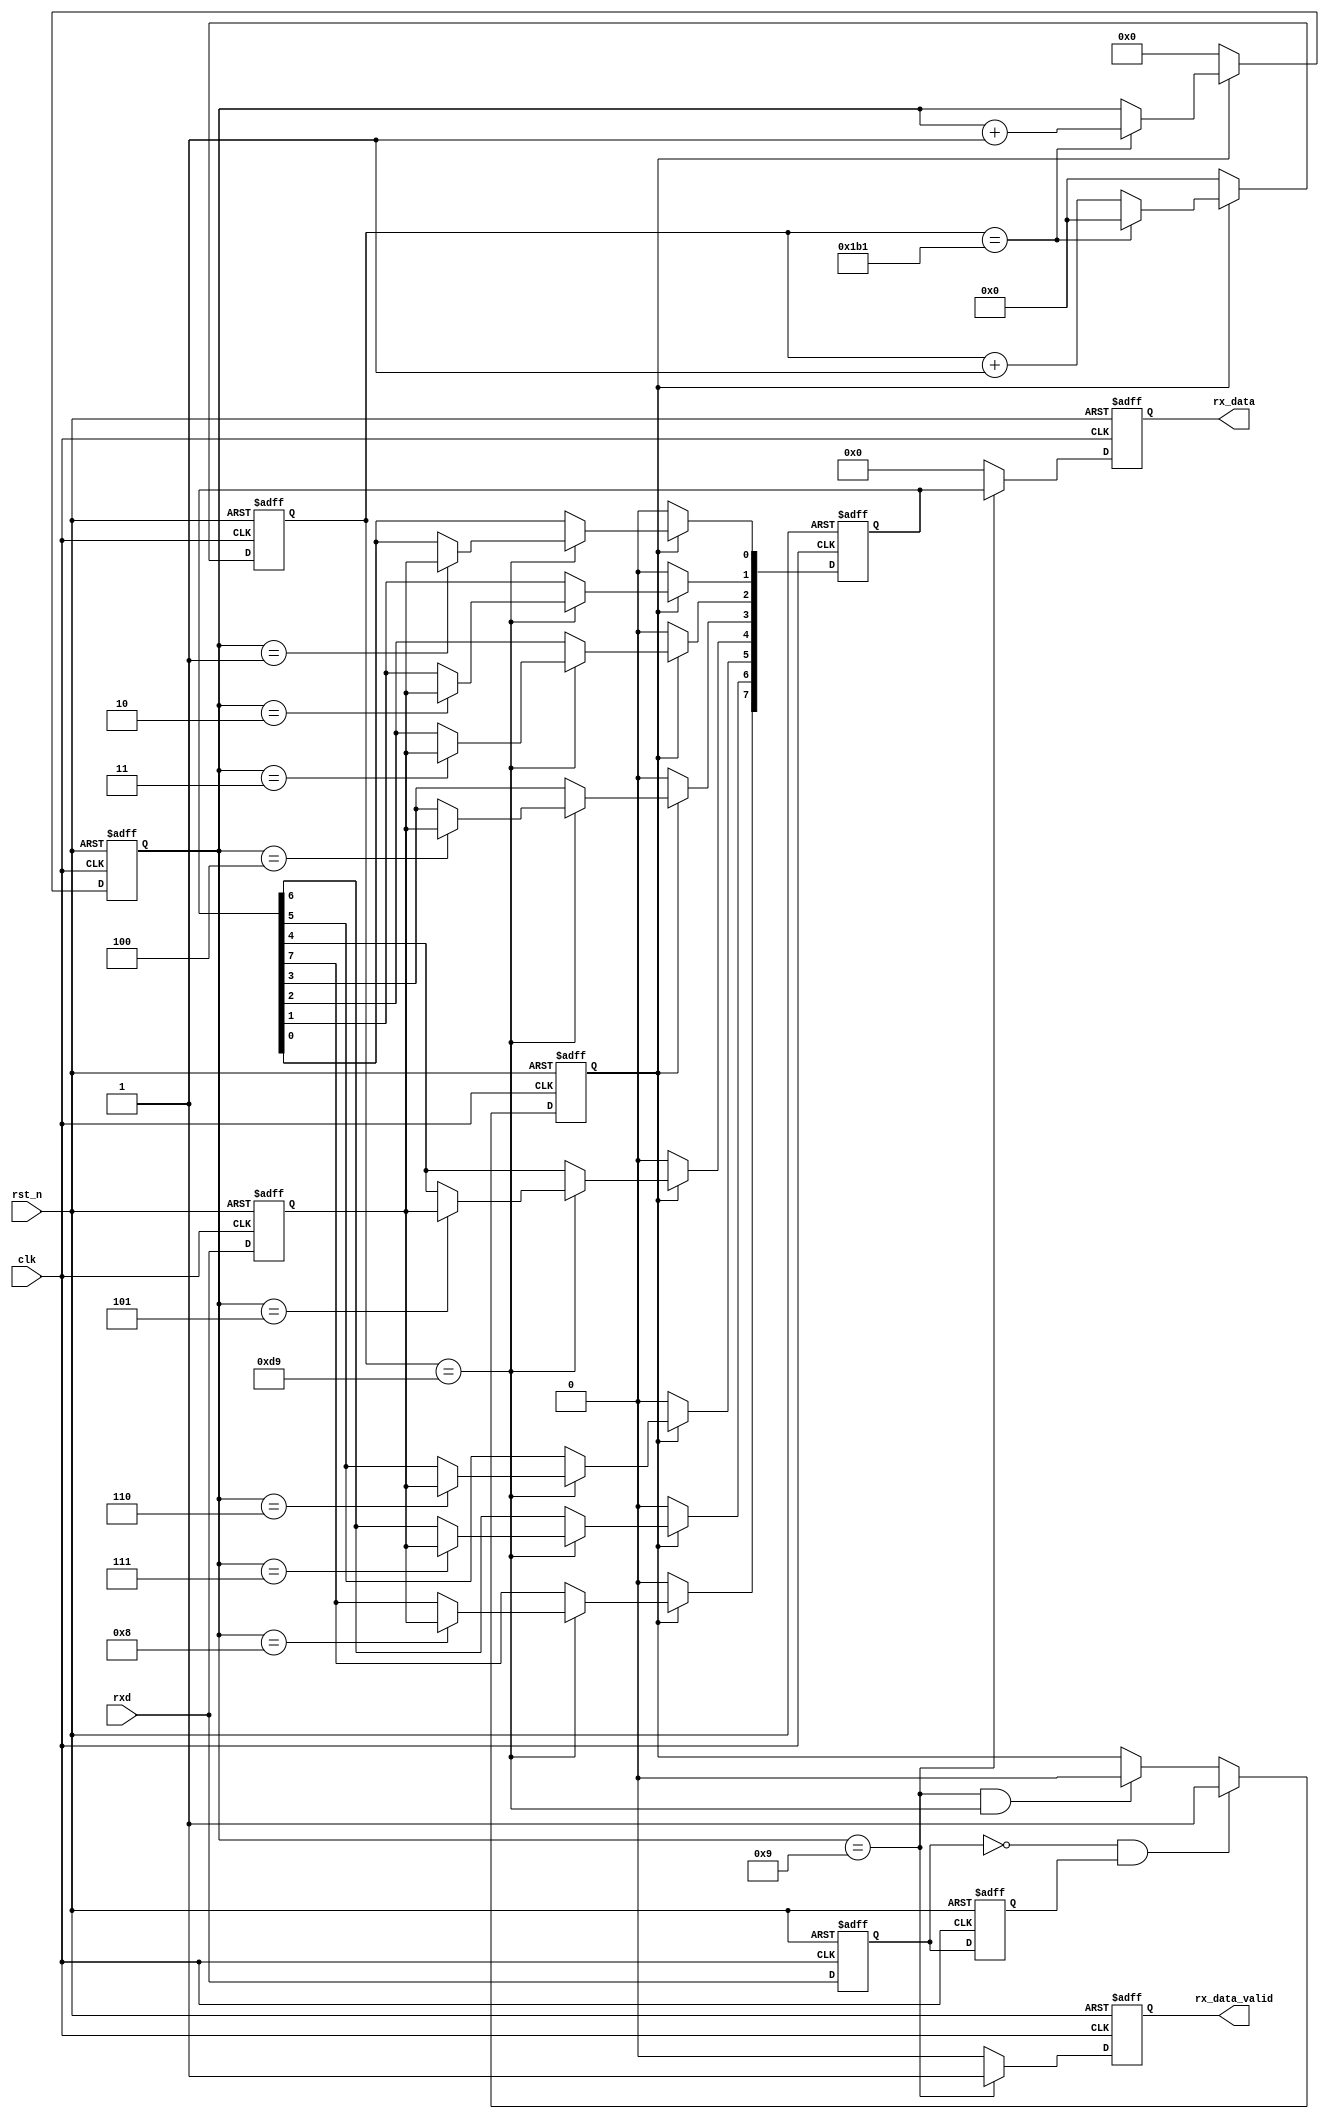
module UART_RX #(
    parameter  CLK_FREQ     = 50000000, // clock 50MHz
    parameter  BAUD_RATE    = 115200    // Baud rate 115200
)
(
    input               clk,                // clock 50MHz
    input               rst_n,              // reset low
    input               rxd,                // UART receiving port
    output  reg         rx_data_valid,      // UART receive data completion flag
    output  reg [7:0]   rx_data             // UART receive data
);

localparam BPS_CNT = CLK_FREQ / BAUD_RATE;  // Baud rate counting

wire start_flag;        // The start flag bit was received

reg [15:0] clk_cnt;     // clock counter
reg [7:0] data_reg;     // Data register
reg [3:0] bit_cnt;      // Data counter
reg rxd_d0;             // The first register of a two-beat asynchronous synchronization
reg rxd_d1;             // The second register of a two-beat asynchronous synchronization
reg rx_flag;            // Receive process marker signal
reg rxd_reg;            // Receive data register

// 
always @(posedge clk or negedge rst_n) begin
    if (~rst_n) begin
        rxd_d0 <= 1'b0;
        rxd_d1 <= 1'b0;
    end else begin
        rxd_d0 <= rxd;
        rxd_d1 <= rxd_d0;
    end
end

//()
assign start_flag = (~rxd_d0) & rxd_d1;

// start_flag 
always @(posedge clk or negedge rst_n) begin
    if (~rst_n) begin
        rx_flag <= 1'b0;
    end else begin
        if (start_flag) begin
            rx_flag <= 1'b1;
        end else if ((bit_cnt == 4'd9) && (clk_cnt == BPS_CNT - (BPS_CNT/2))) begin
            rx_flag <= 1'b0;
        end else begin
            rx_flag <= rx_flag;
        end
    end
end

// 
always @(posedge clk or negedge rst_n) begin
    if (~rst_n) begin
        clk_cnt <= 16'd0;
        bit_cnt <= 4'd0;
    end else begin
        if (rx_flag) begin
            if (clk_cnt == BPS_CNT - 1'b1) begin
                clk_cnt <= 16'd0;
                bit_cnt <= bit_cnt + 1'b1;
            end else begin
                clk_cnt <= clk_cnt + 1'b1;
                bit_cnt <= bit_cnt;
            end
        end else begin
            clk_cnt <= 16'd0;
            bit_cnt <= 4'd0;
        end
    end
end

always @(posedge clk or negedge rst_n) begin 
    if(~rst_n) begin
        rxd_reg <= 1'b0;
    end else begin
        rxd_reg <= rxd;
    end
end

// uart
always @(posedge clk or negedge rst_n) begin 
    if (~rst_n) begin
        data_reg <= 8'd0;                                     
    end else if(rx_flag) begin                      // system receiving
        if (clk_cnt == BPS_CNT/2) begin             //
            case ( bit_cnt )
                4'd1 :  data_reg[0] <= rxd_reg;     // register LSB
                4'd2 :  data_reg[1] <= rxd_reg;
                4'd3 :  data_reg[2] <= rxd_reg;
                4'd4 :  data_reg[3] <= rxd_reg;
                4'd5 :  data_reg[4] <= rxd_reg;
                4'd6 :  data_reg[5] <= rxd_reg;
                4'd7 :  data_reg[6] <= rxd_reg;
                4'd8 :  data_reg[7] <= rxd_reg;     // register MSB
                default:data_reg <= data_reg;                                 
            endcase
        end else begin
            data_reg <= data_reg;
        end
    end else begin
        data_reg <= 8'd0;
    end
end

//
always @(posedge clk or negedge rst_n) begin        
    if (~rst_n) begin
        rx_data <= 8'd0;                               
        rx_data_valid <= 1'b0;
    end else if(bit_cnt == 4'd9) begin      //           
        rx_data <= data_reg;                //
        rx_data_valid <= 1'b1;              //
    end else begin
        rx_data <= 8'd0;                                   
        rx_data_valid <= 1'b0; 
    end    
end

endmodule